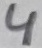
Text: 4